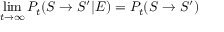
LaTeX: \operatorname* { l i m } _ { t \rightarrow \infty } P _ { t } ( S \rightarrow S ^ { \prime } | E ) = P _ { t } ( S \rightarrow S ^ { \prime } )